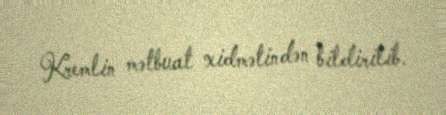
Kremlin mətbuat xidmətindən bildirilib.